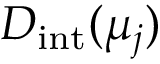
D _ { \mathrm { i n t } } ( \mu _ { j } )